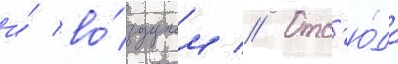
и́ во́здухом // Отс'ю́да